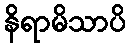
နိရာမိသာပိ